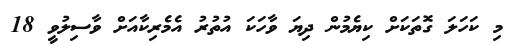
މި ކަހަލަ ގޮތަކަށް ކިޔެމުން ދިޔަ ވާހަކަ އުތުރު އެމެރިކާއަށް ވާސިލުވީ 18